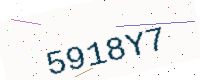
Text: 5918Y7